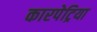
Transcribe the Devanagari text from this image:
कारपेट्रिया